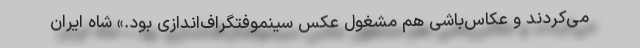
می‌کردند و عکاس‌باشی هم مشغول عکس سینِموفتُگراف‌اندازی بود.» شاه ایران